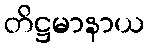
တိဋ္ဌမာနာယ